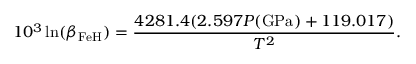
1 0 ^ { 3 } \ln ( \beta _ { \mathrm { F e H } } ) = \frac { 4 2 8 1 . 4 ( 2 . 5 9 7 P ( \mathrm { G P a } ) + 1 1 9 . 0 1 7 ) } { T ^ { 2 } } .